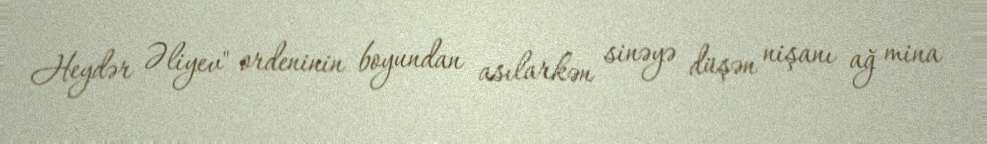
Heydər Əliyev" ordeninin boyundan asılarkən sinəyə düşən nişanı ağ mina